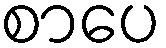
စာပေ